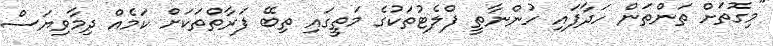
"މިގޮތަށް ތަންތަން ހަދާފައި ހުންނާތީ ފްލެޓުތަކުގެ މަތީގައި ތިބޭ ފަރާތްތަކަށް ކަމެއް ދިމާވިޔަސް